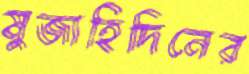
মুজাহিদিনের